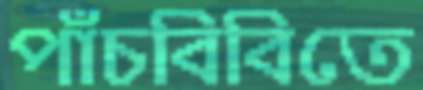
পাঁচবিবিতে